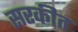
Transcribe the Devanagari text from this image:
सरकीत